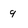
Character: 9